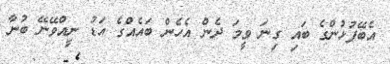
އެބޭފުޅުންގެ ބައި ގިނަ ވީމަ ދެން އެހެން ބައެއްގެ އަޑު ނީއްވޭނޭ ބުނާ